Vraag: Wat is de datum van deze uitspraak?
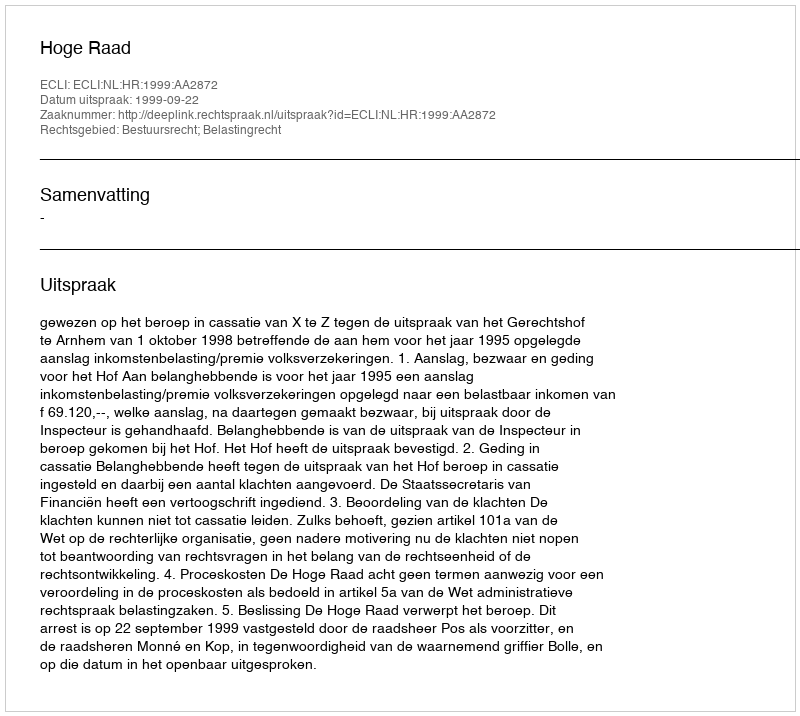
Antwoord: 1999-09-22